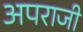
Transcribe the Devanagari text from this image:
अपराजी